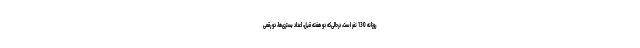
روزانه 130 نفر است، درحالی‌که دو هفته قبل، اعداد بستری‌ها، دو رقمی